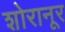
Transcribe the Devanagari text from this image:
शोरानूर